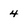
Character: 4